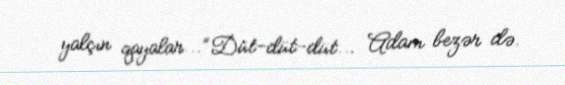
yalçın qayalar...”Düt-düt-düt... Adam bezər də.